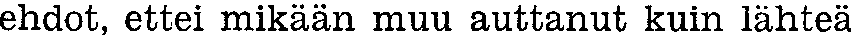
ehdot, ettei mikään muu auttanut kuin lähteä